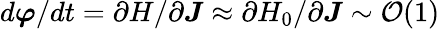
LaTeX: d\boldsymbol{\varphi}/dt=\partial H/\partial\boldsymbol{J}\approx\partial H_{0}/\partial\boldsymbol{J}\sim\mathcal{O}(1)